Vaccination in Burma 1920-1933 - 1920-1933
Year: 1920
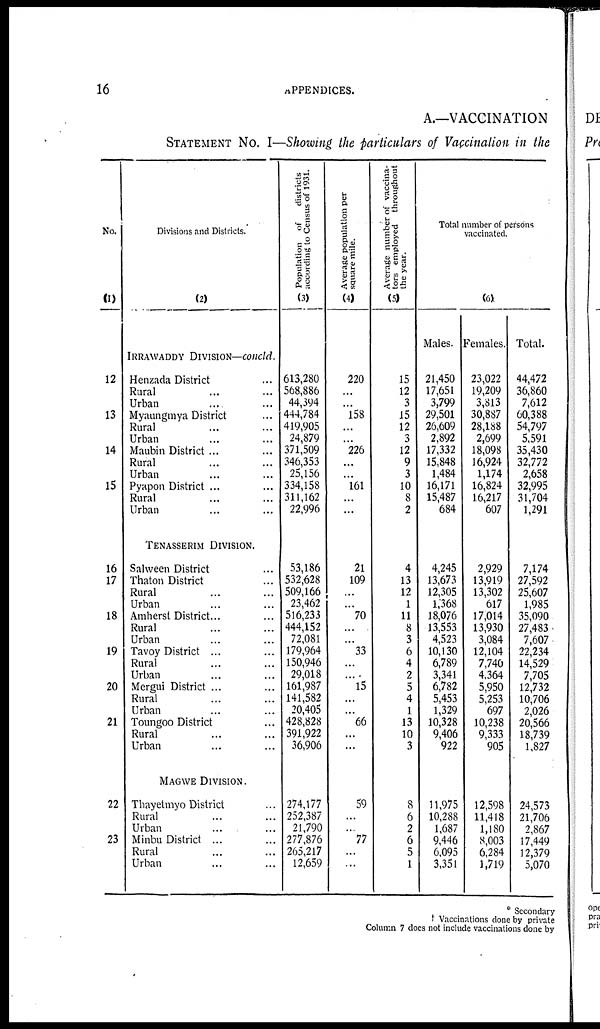
16
APPENDICES.
A.—VACCINATION
STATEMENT NO. I—Showing the particulars of Vaccination in the
No.
(1)
12
13
14
15
16
17
18
19
20
21
22
23
Divisions and Districts.
(2)
IRRAWADDY DIVISION—concld.
Henzada District ...
Rural ... ...
Urban ... ...
Myaungmya District ...
Rural ... ...
Urban ... ...
Maubin District ... ...
Rural ... ...
Urban ... ...
Pyapon District ...
Rural ... ...
Urban ... ...
TENASSERIM DIVISION.
Salween District ...
Thaton District ...
Rural ... ...
Urban ... ...
Amherst District... ...
Rural ... ...
Urban ... ...
Tavoy District ...
Rural ... ...
Urban ... ...
Mergui District ... ...
Rural ... ...
Urban ... ...
Toungoo District ...
Rural ... ...
Urban ... ...
MAGWE DIVISION.
Thayetmyo District ...
Rural ... ...
Urban ... ...
Minbu District ... ...
Rural ... ...
Urban ... ...
Population of
districts
according to Census of 1931.
(3)
613,280
568,886
44,394
444,784
419,905
24,879
371,509
346,353
25,156
334,158
311,162
22,996
53,186
532,628
509,166
23,462
516,233
444,152
72,081
179,964
150,946
29,018
161,987
141,582
20,405
428,828
391,922
36,906
274,177
252,387
21,790
277,876
265,217
12,659
Average population per
square mile.
(4)
220
...
...
158
...
...
226
...
...
161
...
21
109
. ..
'"70
...
...
33
...
15
...
...
66
...
...
59
...
"~77
Average number of vaccina-
tors employed throughout
the year.
(5)
15
12
3
15
12
3
12
9
3
10
8
2
4
13
12
1
11
8
3
6
4
2
5
4
1
13
10
3
8
6
2
6
5
1
Total number of persons
vaccinated.
(6)
Males.
21,450
17,651
3,799
29,501
26,609
2,892
17,332
15,848
1,484
16,171
15,487
684
4,245
13,673
12,305
1,'368
18,076
13,553
4,523
10,130
6,789
3,341
6,782
5,453
1,329
10,328
9,406
922
11,975
10,288
1,687
9,446
6,095
3,351
Females.
23,022
19,209
3,813
30,887
28,188
2,699
18,098
16,924
1,174
16,824
16,217
607
2,929
13,919
13,302
617
17,014
13,930
3,084
12,104
7,740
4,364
5,950
5,253
697
10,238
9,333
905
12,598
11,418
1,180
8,003
6,284
1,719
Total.
44,472
36,860
7,612
60,388
54,797
5,591
35,430
32,772
2,658
32,995
31,704
1,291
7,174
27,592
25,607
1,985
35,090
27,483
7,607
22,234
14,529
7,705
12,732
10,706
2,026
20,566
18,739
1,827
24,573
21,706
2,867
17,449
12,379
5,070
* Secondary
† Vaccinations done by private
Column 7 does not include vaccinations done by